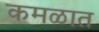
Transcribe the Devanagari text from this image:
कमळात